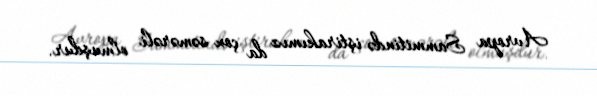
Avropa Sammitində iştirakımız da çox səmərəli olmuşdur.